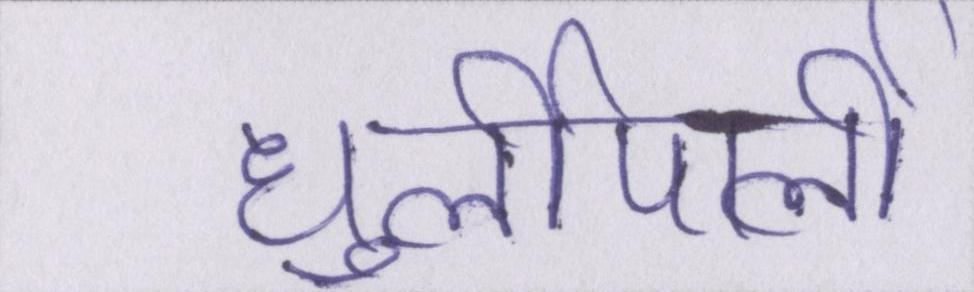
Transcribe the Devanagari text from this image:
धुर्लीपार्ली